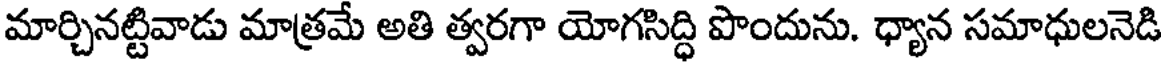
మార్చినట్టివాడు మాత్రమే అతి త్వరగా యోగసిద్ధి పొందును. ధ్యాన సమాధులనెడి